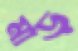
মাড়